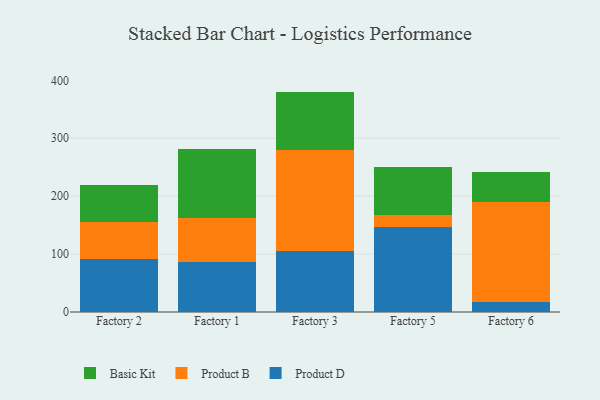
{"axis": {"x": "Factory", "y": "Net Income (USD K)"}, "legend": ["Basic Kit", "Product B", "Product D"], "data": [{"x": "Factory 2", "y": 90.8, "type": "Product D"}, {"x": "Factory 2", "y": 65.3, "type": "Product B"}, {"x": "Factory 2", "y": 63.8, "type": "Basic Kit"}, {"x": "Factory 1", "y": 85.8, "type": "Product D"}, {"x": "Factory 1", "y": 77.0, "type": "Product B"}, {"x": "Factory 1", "y": 119.2, "type": "Basic Kit"}, {"x": "Factory 3", "y": 105.7, "type": "Product D"}, {"x": "Factory 3", "y": 173.9, "type": "Product B"}, {"x": "Factory 3", "y": 101.0, "type": "Basic Kit"}, {"x": "Factory 5", "y": 147.3, "type": "Product D"}, {"x": "Factory 5", "y": 20.7, "type": "Product B"}, {"x": "Factory 5", "y": 82.9, "type": "Basic Kit"}, {"x": "Factory 6", "y": 17.3, "type": "Product D"}, {"x": "Factory 6", "y": 171.8, "type": "Product B"}, {"x": "Factory 6", "y": 52.0, "type": "Basic Kit"}]}